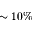
\sim 1 0 \%